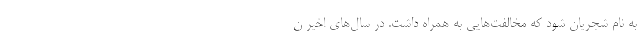
به نام شجریان شود که مخالفت‌هایی به همراه داشت. در سال‌های اخیر ن